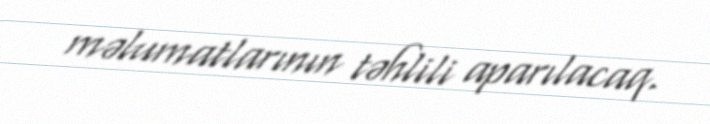
məlumatlarının təhlili aparılacaq.